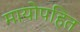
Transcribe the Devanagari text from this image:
मायोपहित